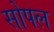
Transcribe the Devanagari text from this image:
सोपल